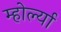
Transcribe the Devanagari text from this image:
म्होर्ल्या